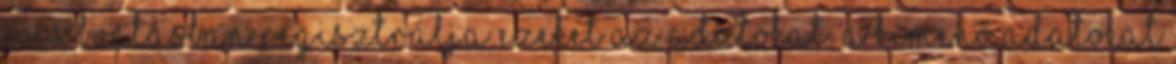
éves bontásban regisztrálja ezeket az adatokat. A kimenő adatokat